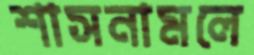
শাসনামলে